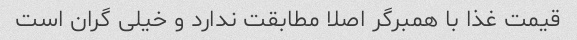
قیمت غذا با همبرگر اصلا مطابقت ندارد و خیلی گران است